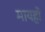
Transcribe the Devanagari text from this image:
मायहो